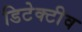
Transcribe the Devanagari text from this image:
डिटेक्टीव